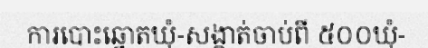
ការបោះឆ្នោតឃុំ-សង្កាត់ចាប់ពី ៥០០ឃុំ-